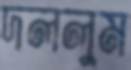
দললুম